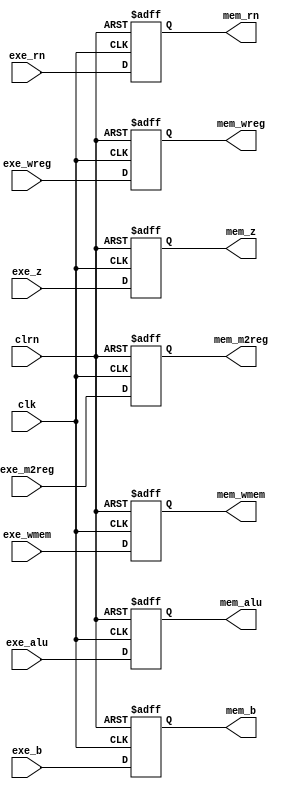
`timescale 1ns / 1ps
//////////////////////////////////////////////////////////////////////////////////
// Company: 
// Engineer: 
// 
// Design Name: 
// Module Name:    exe_mem_register 
// Project Name: 
// Target Devices: 
// Tool versions: 
// Description: 
//
// Dependencies: 
//
// Revision: 
// Revision 0.01 - File Created
// Additional Comments: 
//
//////////////////////////////////////////////////////////////////////////////////
module exe_mem_register(clk,clrn,
								exe_wreg,exe_m2reg,exe_wmem,exe_alu,exe_b,exe_rn,exe_z,
								mem_wreg,mem_m2reg,mem_wmem,mem_alu,mem_b,mem_rn,mem_z
							   );
	 input [31:0] exe_alu,exe_b;		//exe_b-storert
	 input [4:0] exe_rn;
	 input exe_wreg,exe_m2reg,exe_wmem,exe_z;
	 input clk,clrn;
	 output [31:0] mem_alu,mem_b;
	 output [4:0] mem_rn;
	 output mem_wreg,mem_m2reg,mem_wmem,mem_z;
	 reg [31:0] mem_alu,mem_b;
	 reg [4:0] mem_rn;
	 reg mem_wreg,mem_m2reg,mem_wmem,mem_z;
	 always @(negedge clrn or posedge clk)
	     if(clrn==0)
		      begin
				    mem_wreg<=0;    mem_m2reg<=0;
					 mem_wmem<=0;    mem_alu<=0;
				    mem_b<=0;       mem_rn<=0;
					 mem_z<=0;
			   end
			else
			    begin
				     mem_wreg<=exe_wreg;    mem_m2reg<=exe_m2reg;
					  mem_wmem<=exe_wmem;    mem_alu<=exe_alu;
				     mem_b<=exe_b;       mem_rn<=exe_rn;   
					  mem_z<=exe_z;
				 end
endmodule